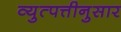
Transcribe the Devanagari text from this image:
व्युत्पत्तीनुसार